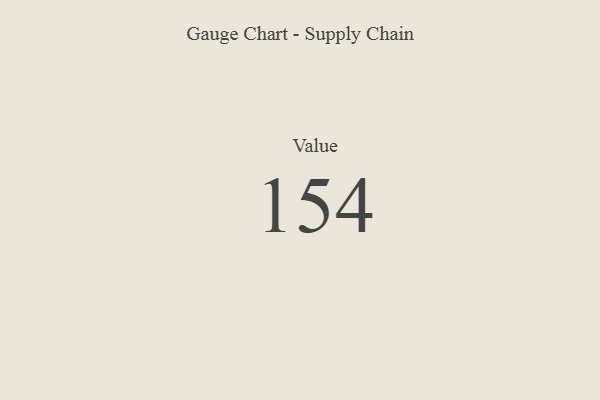
{"axis": {"x": "Metric", "y": "Value"}, "legend": [""], "data": [{"x": "Value", "y": 154, "type": ""}]}